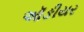
ઑઙીયર